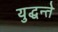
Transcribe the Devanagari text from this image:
युद्धन्ते